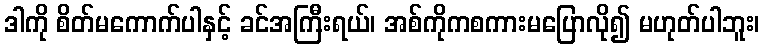
ဒါကို စိတ်မကောက်ပါနှင့် ခင်အကြီးရယ်၊ အစ်ကိုကစကားမပြောလို၍ မဟုတ်ပါဘူး၊